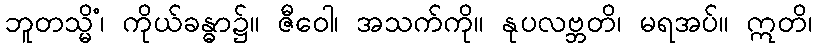
ဘူတသ္မိံ၊ ကိုယ်ခန္ဓာ၌။ ဇီဝေါ၊ အသက်ကို။ နုပလဗ္ဘတိ၊ မရအပ်။ ဣတိ၊